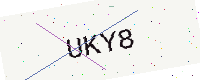
Text: UKY8